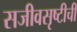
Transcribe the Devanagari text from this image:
सजीवसृष्टीची